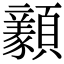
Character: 𩕺